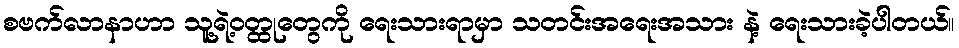
စဗက်လာနာဟာ သူ့ရဲ့ဝတ္ထုတွေကို ရေးသားရာမှာ သတင်းအရေးအသား နဲ့ ရေးသားခဲ့ပါတယ်။